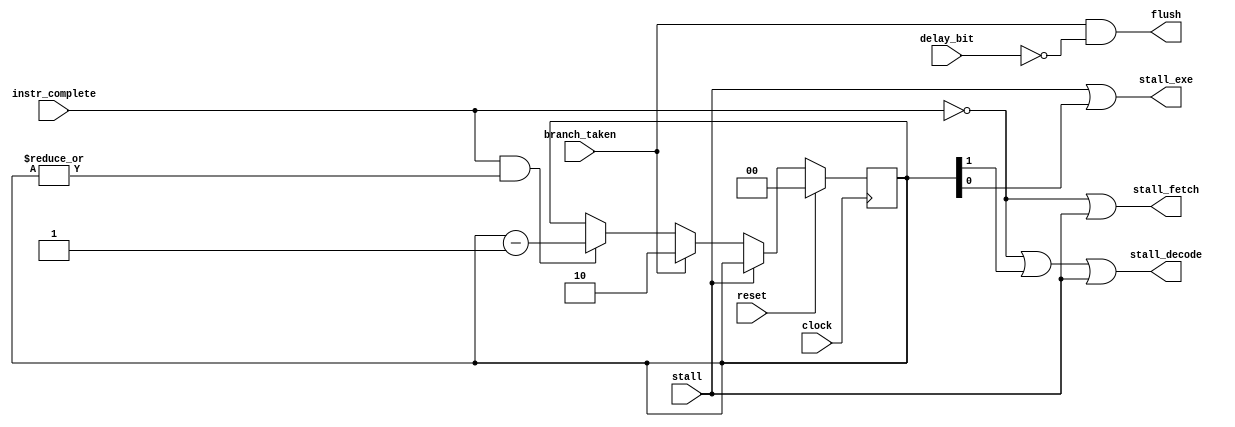
/*

MODULE: openfire_pipeline_ctrl

DESCRIPTION: Pipeline controller to stall various modules.  FETCH and DECODE
are stalled on multicycle instructions (currently only loads & stores & MULs). 
DECODE and EXECUTE cycles are stalled on branchs.  See below for timing.

TO DO:
- Expand to handle memory miss stalls

AUTHOR: 
Stephen Douglas Craven
Configurable Computing Lab
Virginia Tech
scraven@vt.edu

REVISION HISTORY:
Revision 0.2, 8/10/2005 SDC
Initial release

COPYRIGHT:
Copyright (c) 2005 Stephen Douglas Craven

Permission is hereby granted, free of charge, to any person obtaining a copy of
this software and associated documentation files (the "Software"), to deal in 
the Software without restriction, including without limitation the rights to 
use, copy, modify, merge, publish, distribute, sublicense, and/or sell copies 
of the Software, and to permit persons to whom the Software is furnished to do 
so, subject to the following conditions:

The above copyright notice and this permission notice shall be included in all
copies or substantial portions of the Software.

THE SOFTWARE IS PROVIDED "AS IS", WITHOUT WARRANTY OF ANY KIND, EXPRESS OR
IMPLIED, INCLUDING BUT NOT LIMITED TO THE WARRANTIES OF MERCHANTABILITY, 
FITNESS FOR A PARTICULAR PURPOSE AND NONINFRINGEMENT. IN NO EVENT SHALL THE
AUTHORS OR COPYRIGHT HOLDERS BE LIABLE FOR ANY CLAIM, DAMAGES OR OTHER 
LIABILITY, WHETHER IN AN ACTION OF CONTRACT, TORT OR OTHERWISE, ARISING FROM,
OUT OF OR IN CONNECTION WITH THE SOFTWARE OR THE USE OR OTHER DEALINGS IN THE 
SOFTWARE.

*/

module openfire_pipeline_ctrl(
	clock, reset, stall,			// top level
	branch_taken, instr_complete, delay_bit,	// inputs
	stall_fetch, stall_decode, stall_exe, flush);	// outputs

// From top level	
input		clock;
input		stall;
input		reset;

// From EXECUTE
input		branch_taken;
input		instr_complete;
input		delay_bit;

output		stall_fetch;
output		stall_decode;
output		stall_exe;
output		flush;	// flush DECODE instruction

reg	[1:0]	branch_cnt;

assign stall_fetch = ~instr_complete | stall;
assign stall_decode = ~instr_complete | branch_cnt[1] | stall;
assign stall_exe = stall | branch_cnt[0];
assign flush = branch_taken & ~delay_bit;

always@(posedge clock)
begin
	if (reset)
		branch_cnt <= 0;
	else if (~stall)
		if (branch_taken)
			branch_cnt <= 2;
		else if (instr_complete & |branch_cnt)
			branch_cnt <= branch_cnt - 1;
end

endmodule

/*
TIMING DIAGRAM

Branch with Delay (F = Fetch, D = Decode, E = Execute)

        |--------|--------|--------|--------|--------|--------|
         ____     ____     ____     ____     ____     ____ 
clock   |    |___|    |___|    |___|    |___|    |___|    |___

           F - BRD   D - BRD  E - BRD
                     F - ADD  D - ADD  E - ADD
                              F - AND  S - AND  S - AND
                                       F - XOR  D - XOR  E - XOR
                                 ________
branch_taken ___________________|        |_____________________
                                       _______
branch_cnt ___________________________|       |________________
                                       _______
stall_decode _________________________|       |________________
               ________________________________________________
instr_complete 
                             ________
delay_bit __________________|        |_________________________
                                       ___
flush    _____________________________|   |____________________


Branch without Delay (S = Stall)

        |--------|--------|--------|--------|--------|--------|
         ____     ____     ____     ____     ____     ____ 
clock	|    |___|    |___|    |___|    |___|    |___|    |___

         F - BRA   D - BRA  E - BRA
                   F - ADD  D - ADD  S - ADD
                            F - AND  S - AND  S - AND
                                     F - XOR  D - XOR  E - XOR
	 	                 ________
branch_taken ___________________|        |_____________________
                                       _______
branch_cnt ___________________________|       |________________
                                       _______
stall_decode _________________________|       |________________
               ________________________________________________
instr_complete 

*/